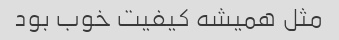
مثل همیشه کیفیت خوب بود